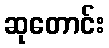
ဆုတောင်း